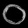
Digit: ၀